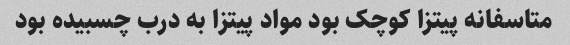
متاسفانه پیتزا کوچک بود مواد پیتزا به درب چسبیده بود